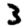
Digit: 3